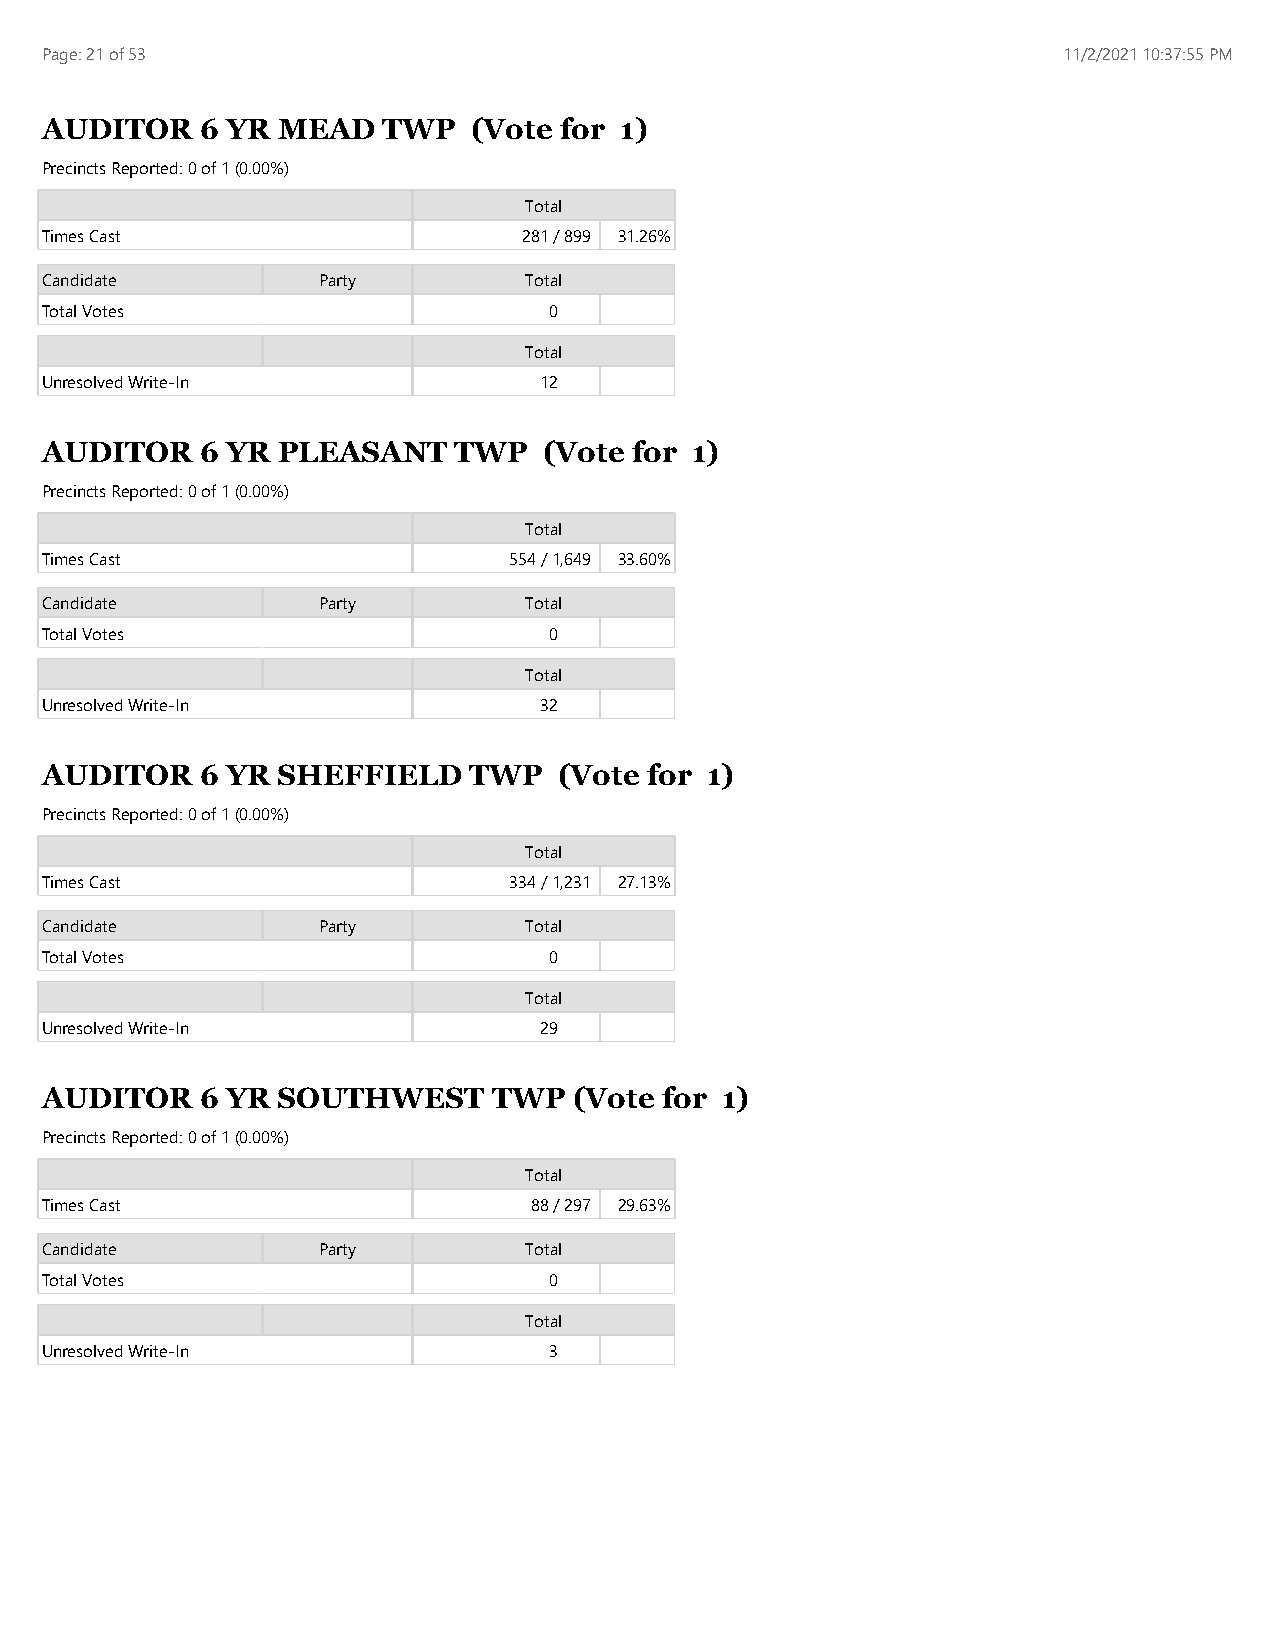
Page: 21 of 53                                                     11/2/2021 10:37:55 PM
 AUDITOR   6 YR MEAD   TWP   (Vote for 1)
 Precincts Reported: 0 of 1 (0.00%)
 Total
 Times Cast                      281 / 899 31.26%
 Candidate         Party         Total
 Total Votes                      0
 Total
 Unresolved Write-In              12
 AUDITOR   6 YR PLEASANT    TWP   (Vote for 1)
 Precincts Reported: 0 of 1 (0.00%)
 Total
 Times Cast                     554 / 1,649 33.60%
 Candidate         Party         Total
 Total Votes                      0
 Total
 Unresolved Write-In              32
 AUDITOR   6 YR SHEFFIELD    TWP   (Vote for 1)
 Precincts Reported: 0 of 1 (0.00%)
 Total
 Times Cast                     334 / 1,231 27.13%
 Candidate         Party         Total
 Total Votes                      0
 Total
 Unresolved Write-In              29
 AUDITOR   6 YR SOUTHWEST      TWP  (Vote for 1)
 Precincts Reported: 0 of 1 (0.00%)
 Total
 Times Cast                      88 / 297 29.63%
 Candidate         Party         Total
 Total Votes                      0
 Total
 Unresolved Write-In              3